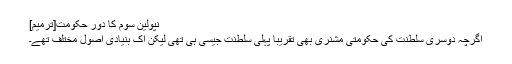
نپولین سوم کا دور حکومت[ترمیم]
اگرچہ دوسری سلطنت کی حکومتی مشنری بھی تقریباً پہلی سلطنت جیسی ہی تھی لیکن اک بنیادی اصول مختلف تھے۔